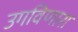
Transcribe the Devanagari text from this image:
उगविणारा